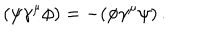
( \psi \gamma ^ { \mu } \phi ) = - ( \phi \gamma ^ { \mu } \psi ) \, .